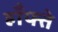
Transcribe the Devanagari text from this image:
हाँफ्ते